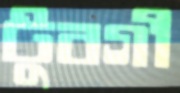
টুবগী